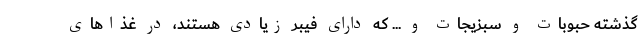
گذشته حبوبات و سبزیجات و ... که دارای فیبر زیادی هستند، در غذاهای